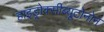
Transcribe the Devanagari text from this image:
हाइड्रोक्सीब्यूटोनोन